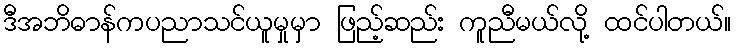
ဒီအဘိဓာန်ကပညာသင်ယူမှုမှာ ဖြည့်ဆည်း ကူညီမယ်လို့ ထင်ပါတယ်။